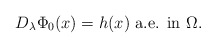
\begin{align*}D_\lambda\Phi_0(x)=h(x)\mbox{ a.e. in }\Omega.\end{align*}